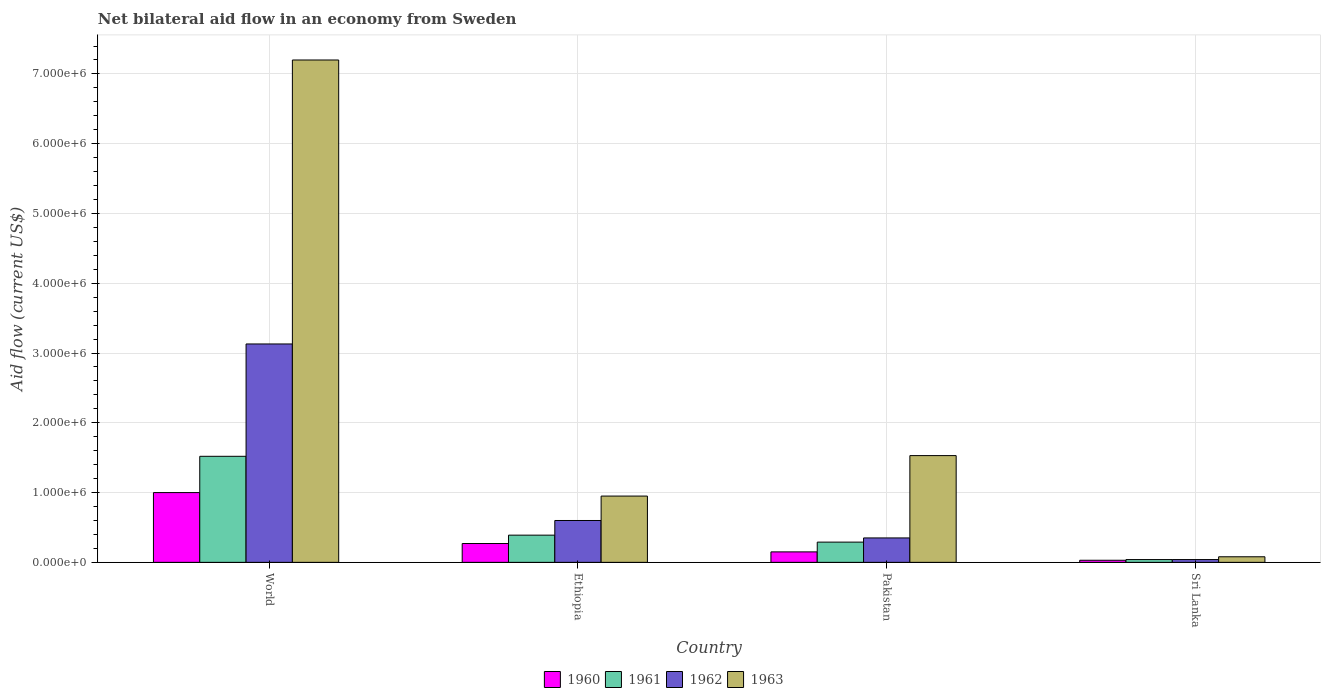
| Country | 1960 | 1961 | 1962 | 1963 |
 | --- | --- | --- | --- | --- |
 | World | 1e+06 | 1.52e+06 | 3.13e+06 | 7.2e+06 |
 | Ethiopia | 2.7e+05 | 3.9e+05 | 6e+05 | 9.5e+05 |
 | Pakistan | 1.5e+05 | 2.9e+05 | 3.5e+05 | 1.53e+06 |
 | Sri Lanka | 3e+04 | 4e+04 | 4e+04 | 8e+04 |